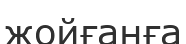
жойғанға